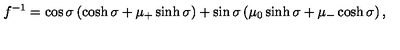
f ^ { - 1 } = \cos \sigma \left( \cosh \sigma + \mu _ { + } \sinh \sigma \right) + \sin \sigma \left( \mu _ { 0 } \sinh \sigma + \mu _ { - } \cosh \sigma \right) ,